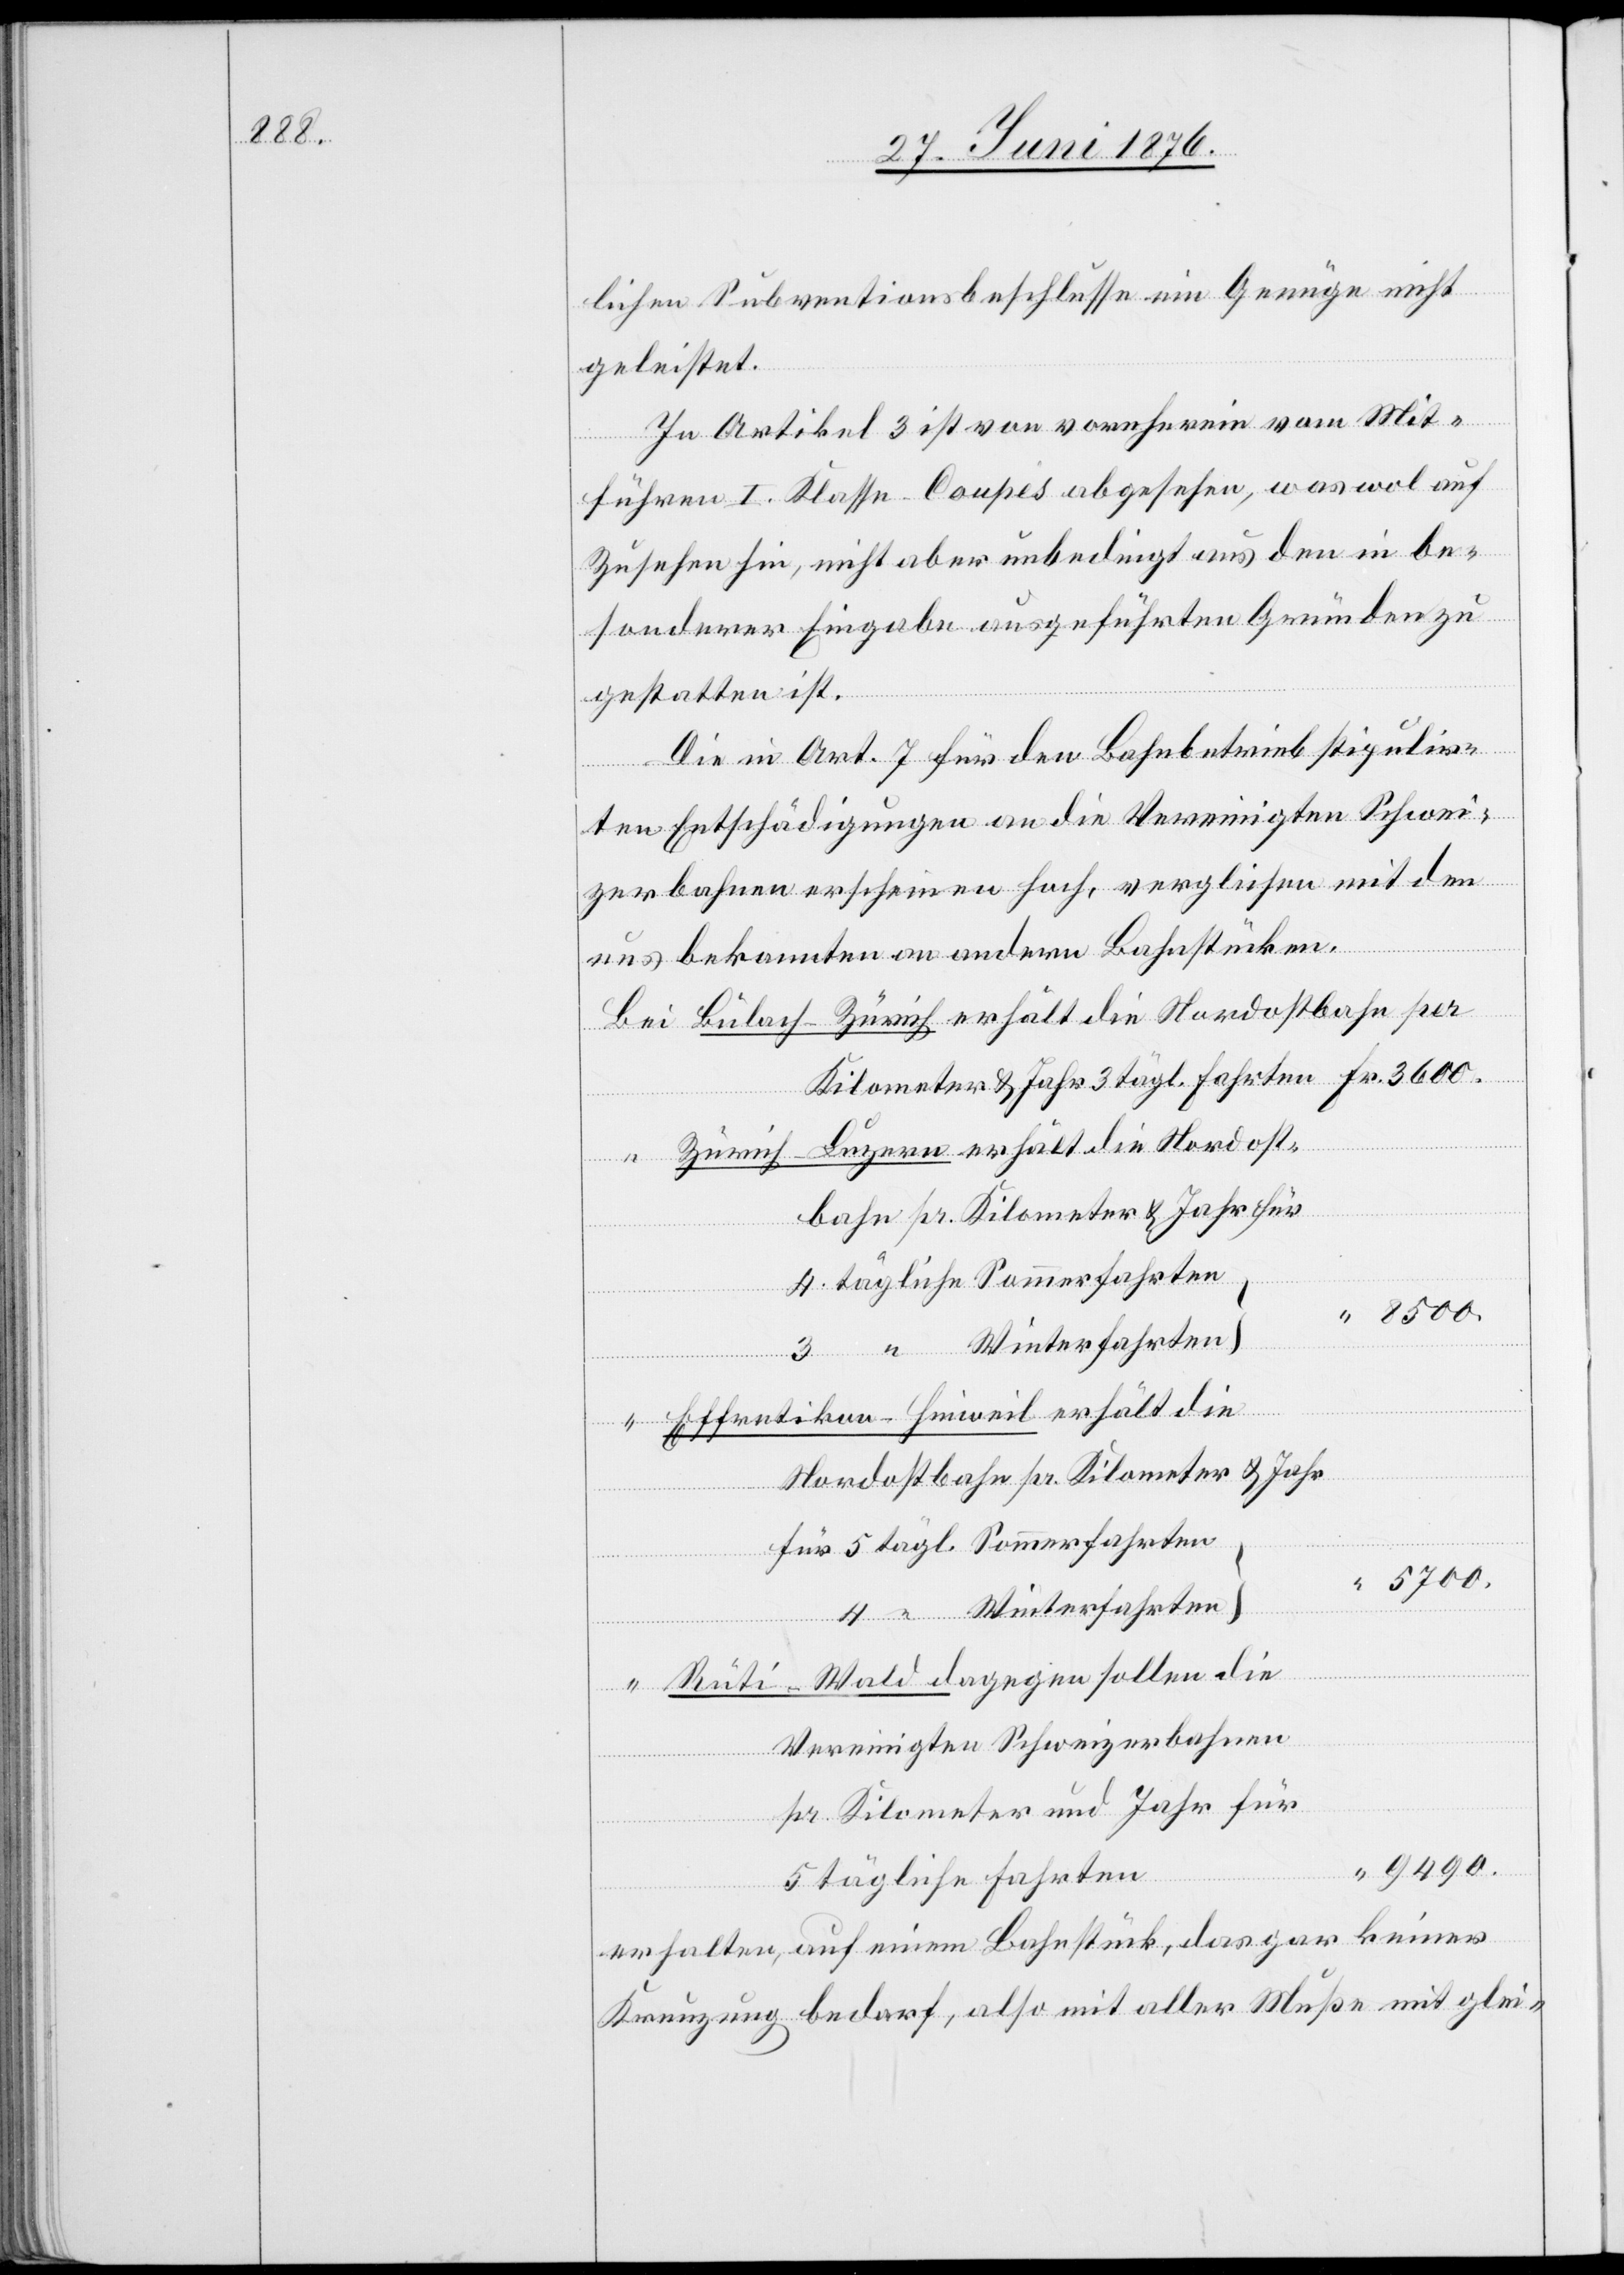
lichen Subventionsbeschlusse ein Genüge nicht
geleistet.
In Artikel 3 ist von vornherein vom Mit¬
führen I. Klasse-Coupés abgesehen, was wol auf
Zusehen hin, nicht aber unbedingt aus den in be¬
sonderer Eingabe ausgeführten Gründen zu
gestatten ist.
Die in Art. 7 für den Bahnbetrieb stipulir¬
ten Entschädigungen an die Vereinigten Schwei¬
zerbahnen erscheinen hoch, verglichen mit den
uns bekannten an andern Bahnstücken.
die
pr. Kilometer & Jahr für
4 tägliche Sommerfahrten
pr.
für 5 tägl. Sommerfahrten
5700.
“
dagegen
4 “ Winterfahrten
Vereinigten Schweizerbahnen
pr. Kilometer und Jahr für
9490.
5 tägliche Fahrten
erhalten, auf einem Bahnstück, das gar keiner
Kreuzung bedarf, also mit aller Muße mit glei-

sollen